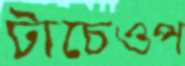
টাচেওপ